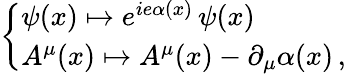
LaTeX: \left\{ \begin{array}{l}{\psi(x)\mapsto e^{ie\alpha(x)}\, \psi(x)}\\ {A^{\mu}(x)\mapsto A^{\mu}(x)-\partial_{\mu}\alpha(x)\, ,}\end{array}\right.